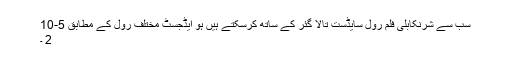
سب سے شرنکابلی فلم رول سایڈست تالا گئر کے ساتھ کرسکتے ہیں ہو ایڈجسٹ مختلف رول کے مطابق 5-10
2 ۔